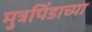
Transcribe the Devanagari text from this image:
मुत्रपिंडाच्या